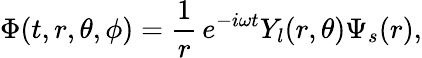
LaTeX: \Phi(t,r,\theta,\phi)=\frac{1}{r}\, e^{-i\omega t}Y_{l}(r,\theta)\Psi_{s}(r),